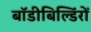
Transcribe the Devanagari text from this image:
बॉडीबिल्डिंरों